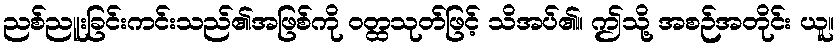
ညစ်ညူးခြင်းကင်းသည်၏အဖြစ်ကို ဝတ္ထသုတ်ဖြင့် သိအပ်၏။ ဤသို့ အစဉ်အတိုင်း ယူ။